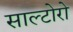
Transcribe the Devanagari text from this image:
साल्टोरो